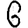
Digit: 6